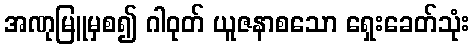
အဏုမြူမှစ၍ ဂါဝုတ် ယူဇနာစသော ရှေးခေတ်သုံး